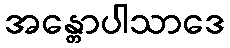
အန္တောပါသာဒေ